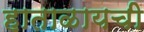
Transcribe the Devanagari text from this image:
हाताळायची